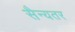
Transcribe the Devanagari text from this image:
सैन्यतर